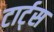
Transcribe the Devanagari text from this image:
टार्ट्‌स